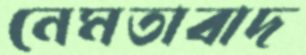
নেমতাবাদ